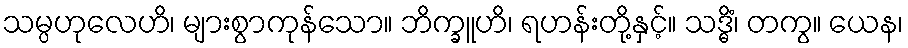
သမ္ပဟုလေဟိ၊ များစွာကုန်သော။ ဘိက္ခူဟိ၊ ရဟန်းတို့နှင့်။ သဒ္ဓိံ၊ တကွ။ ယေန၊